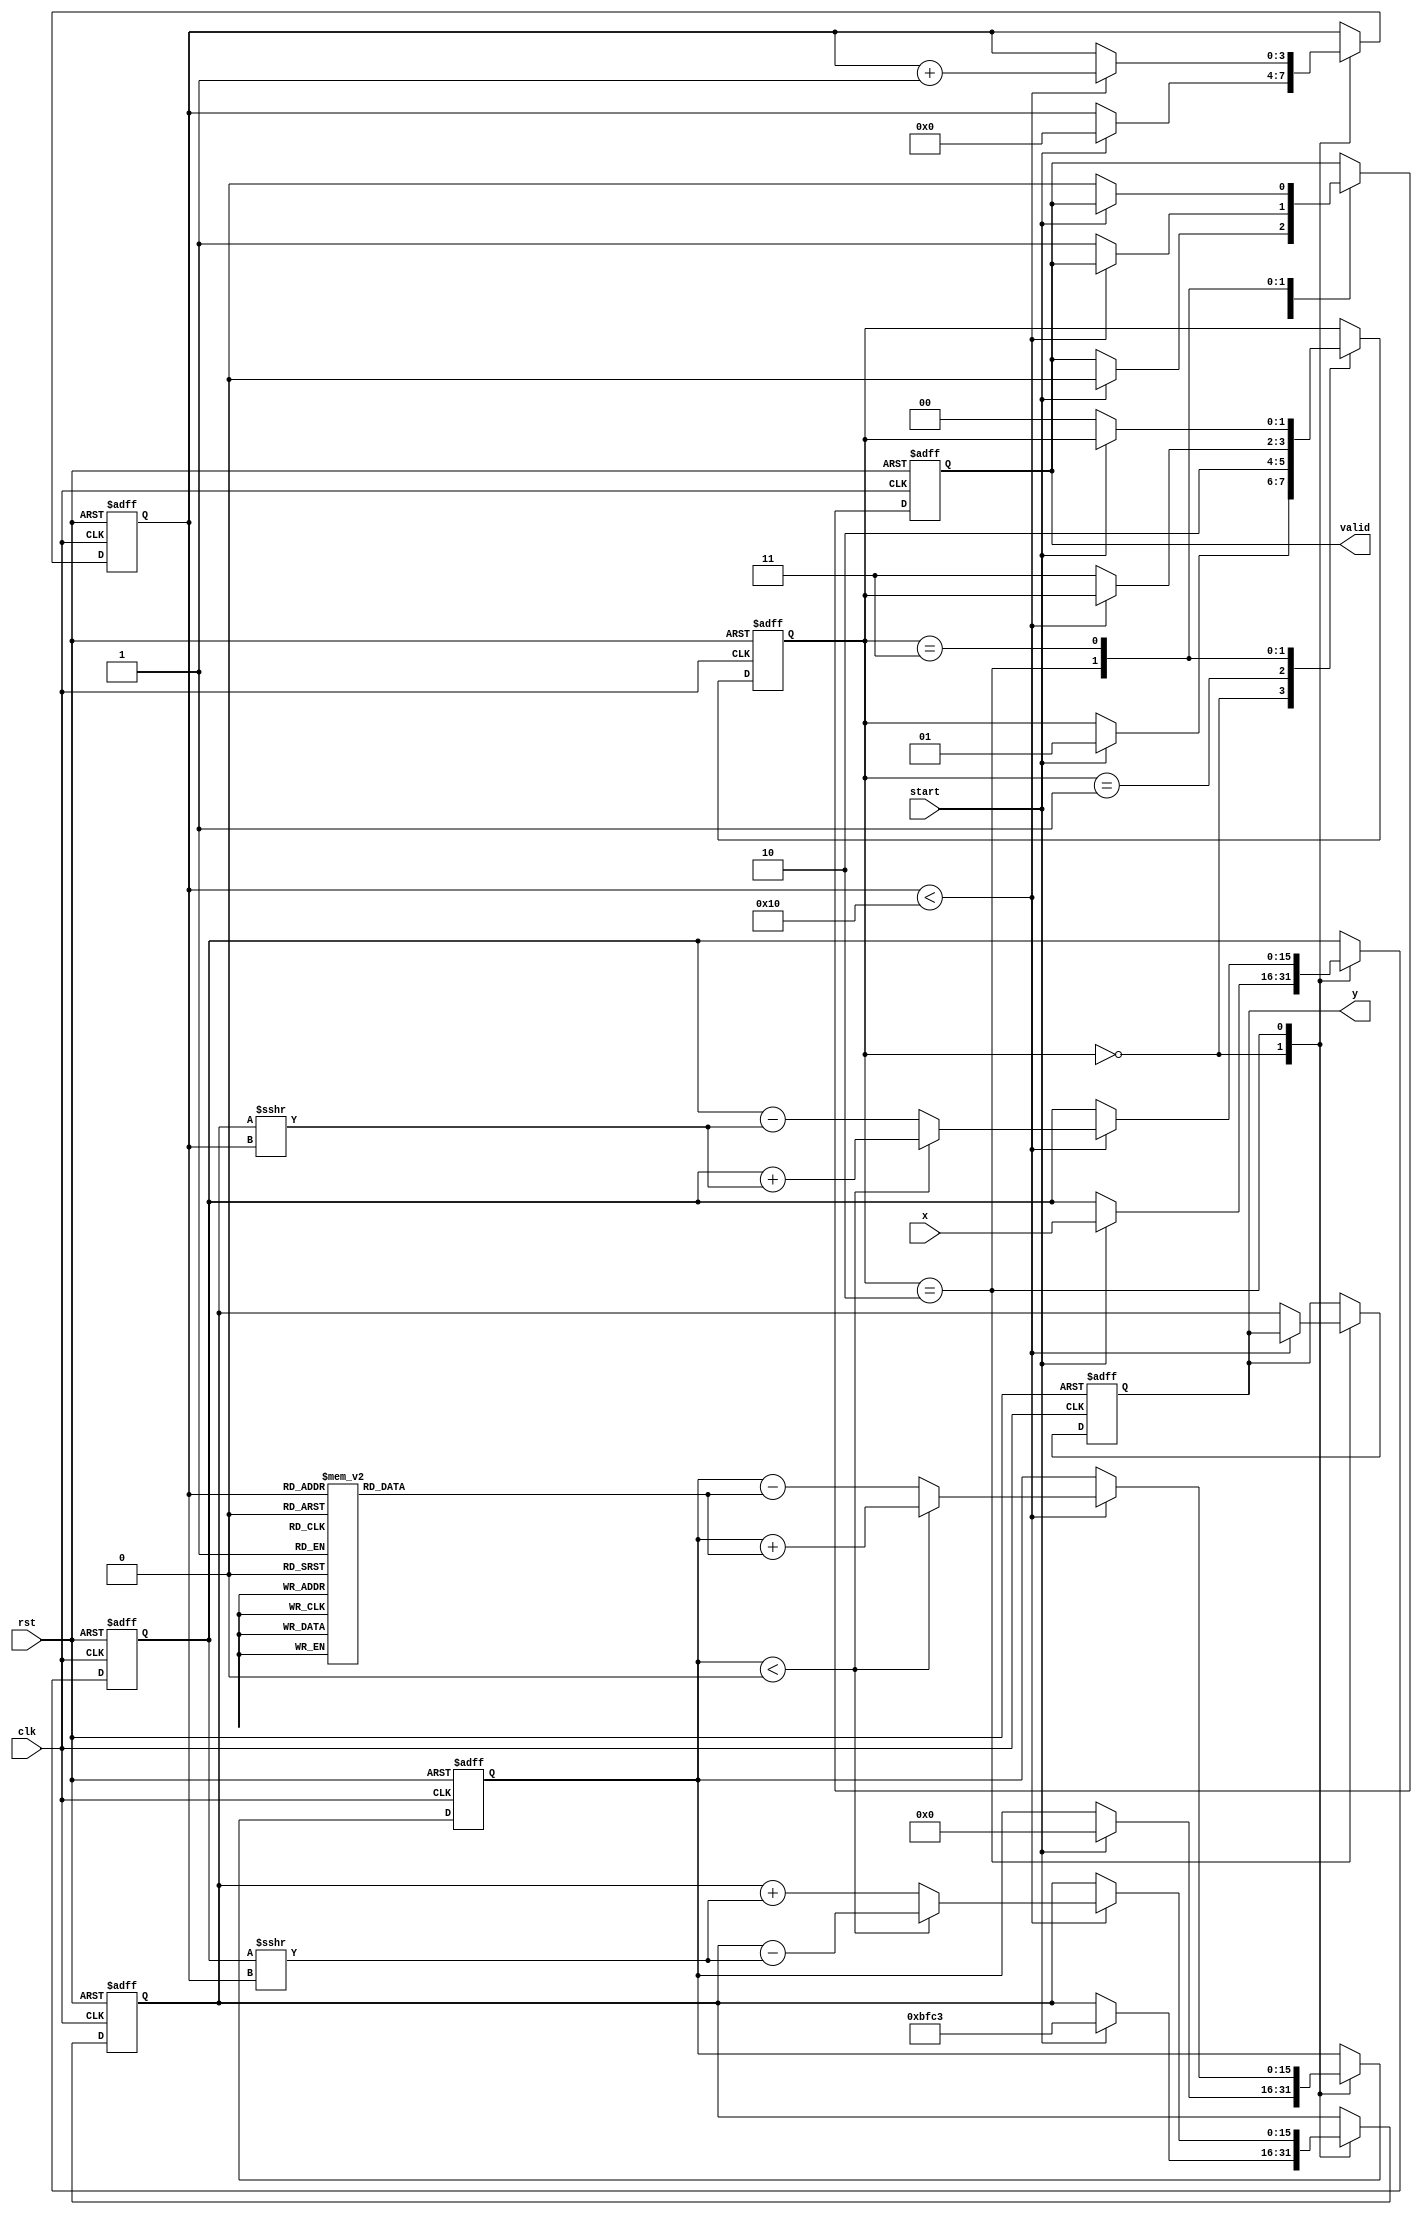
module cordic_reciprocal (
    input wire clk,
    input wire rst,
    input wire [15:0] x, // Input data (fixed-point representation)
    input wire start,     // Signal to start computation
    output reg [15:0] y,  // Output data (computed reciprocal)
    output reg valid      // Output valid signal
);

    // CORDIC parameters
    parameter NUM_ITERATIONS = 16;
    parameter K = 16'hBFC3; // Scaling factor (approx 0.607)

    // Internal states
    reg [15:0] x_curr; // Current x value
    reg [15:0] y_curr; // Current y value
    reg [15:0] z_curr; // Current angle
    reg [3:0] iteration; // Iteration counter
    reg [1:0] state; // State machine state

    // State machine states
    localparam IDLE = 2'b00;
    localparam INIT = 2'b01;
    localparam ITERATE = 2'b10;
    localparam DONE = 2'b11;

    // Angle lookup table for CORDIC
    reg [15:0] angle_table [0:NUM_ITERATIONS-1];
    initial begin
        // Precomputed angles for CORDIC (in radians)
        angle_table[0] = 16'h1C71; // atan(2^-0)
        angle_table[1] = 16'h1B71; // atan(2^-1)
        angle_table[2] = 16'h1A7A; // atan(2^-2)
        angle_table[3] = 16'h19B6; // atan(2^-3)
        angle_table[4] = 16'h18E4; // atan(2^-4)
        angle_table[5] = 16'h1826; // atan(2^-5)
        angle_table[6] = 16'h179D; // atan(2^-6)
        angle_table[7] = 16'h1715; // atan(2^-7)
        angle_table[8] = 16'h16A9; // atan(2^-8)
        angle_table[9] = 16'h1640; // atan(2^-9)
        angle_table[10] = 16'h15E0; // atan(2^-10)
        angle_table[11] = 16'h1580; // atan(2^-11)
        angle_table[12] = 16'h1520; // atan(2^-12)
        angle_table[13] = 16'h14C0; // atan(2^-13)
        angle_table[14] = 16'h1460; // atan(2^-14)
        angle_table[15] = 16'h1400; // atan(2^-15)
    end

    // State machine and computation logic
    always @(posedge clk or posedge rst) begin
        if (rst) begin
            // Reset state
            state <= IDLE;
            iteration <= 0;
            x_curr <= 0;
            y_curr <= 0;
            z_curr <= 0;
            y <= 0;
            valid <= 0;
        end else begin
            case (state)
                IDLE: begin
                    if (start) begin
                        // Initialize values
                        x_curr <= x;
                        y_curr <= K; // Initial y value (scaling factor)
                        z_curr <= 0; // Initial angle
                        iteration <= 0;
                        valid <= 0;
                        state <= INIT;
                    end
                end

                INIT: begin
                    // Start the iteration process
                    state <= ITERATE;
                end

                ITERATE: begin
                    if (iteration < NUM_ITERATIONS) begin
                        // CORDIC rotation logic
                        if (z_curr < 0) begin
                            // Rotate clockwise
                            x_curr <= x_curr + (y_curr >>> iteration);
                            y_curr <= y_curr - (x_curr >>> iteration);
                            z_curr <= z_curr + angle_table[iteration];
                        end else begin
                            // Rotate counterclockwise
                            x_curr <= x_curr - (y_curr >>> iteration);
                            y_curr <= y_curr + (x_curr >>> iteration);
                            z_curr <= z_curr - angle_table[iteration];
                        end
                        iteration <= iteration + 1;
                    end else begin
                        // Finalize the result
                        y <= y_curr; // Output the computed reciprocal
                        valid <= 1; // Indicate output is valid
                        state <= DONE;
                    end
                end

                DONE: begin
                    // Wait for reset or new start signal
                    if (!start) begin
                        state <= IDLE; // Go back to IDLE
                        valid <= 0; // Reset valid signal
                    end
                end
            endcase
        end
    end
endmodule